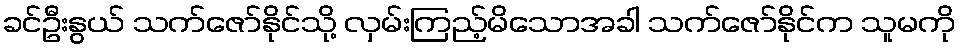
ခင်ဦးနွယ် သက်ဇော်နိုင်သို့ လှမ်းကြည့်မိသောအခါ သက်ဇော်နိုင်က သူမကို